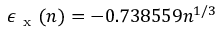
\epsilon _ { \mathrm { ~ x ~ } } ( n ) = - 0 . 7 3 8 5 5 9 n ^ { 1 / 3 }